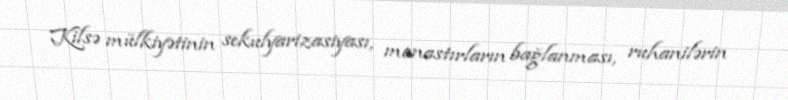
Kilsə mülkiyətinin sekulyarizasiyası, monastırların bağlanması, ruhanilərin